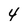
Character: 4